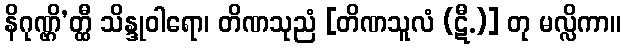
နိဂုဏ္ဌိ’တ္ထီ သိန္ဒုဝါရော၊ တိဏသုညံ [တိဏသူလံ (ဋီ.)] တု မလ္လိကာ။